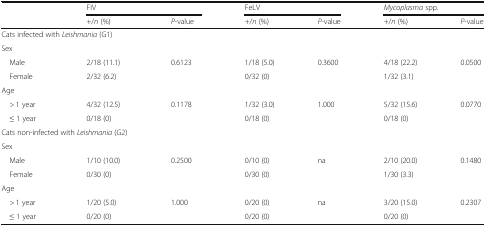
<table><thead><tr><td></td><td colspan="2"><b>FIV</b></td><td colspan="2"><b>FeLV</b></td><td colspan="2"><b><i>Mycoplasma</i> spp.</b></td></tr><tr><td></td><td><b>+/<i>n</i> (%)</b></td><td><b><i>P</i>-value</b></td><td><b>+/<i>n</i> (%)</b></td><td><b><i>P</i>-value</b></td><td><b>+/<i>n</i> (%)</b></td><td><b><i>P</i>-value</b></td></tr></thead><tbody><tr><td colspan="3">Cats infected with <i>Leishmania</i> (G1)</td><td colspan="2"></td><td colspan="2"></td></tr><tr><td>Sex</td><td></td><td></td><td></td><td></td><td></td><td></td></tr><tr><td> Male</td><td>2/18 (11.1)</td><td>0.6123</td><td>1/18 (5.0)</td><td>0.3600</td><td>4/18 (22.2)</td><td>0.0500</td></tr><tr><td> Female</td><td>2/32 (6.2)</td><td></td><td>0/32 (0)</td><td></td><td>1/32 (3.1)</td><td></td></tr><tr><td>Age</td><td></td><td></td><td></td><td></td><td></td><td></td></tr><tr><td> &gt; 1 year</td><td>4/32 (12.5)</td><td>0.1178</td><td>1/32 (3.0)</td><td>1.000</td><td>5/32 (15.6)</td><td>0.0770</td></tr><tr><td> ≤ 1 year</td><td>0/18 (0)</td><td></td><td>0/18 (0)</td><td></td><td>0/18 (0)</td><td></td></tr><tr><td colspan="3">Cats non-infected with <i>Leishmania</i> (G2)</td><td colspan="2"></td><td colspan="2"></td></tr><tr><td>Sex</td><td></td><td></td><td></td><td></td><td></td><td></td></tr><tr><td> Male</td><td>1/10 (10.0)</td><td>0.2500</td><td>0/10 (0)</td><td>na</td><td>2/10 (20.0)</td><td>0.1480</td></tr><tr><td> Female</td><td>0/30 (0)</td><td></td><td>0/30 (0)</td><td></td><td>1/30 (3.3)</td><td></td></tr><tr><td>Age</td><td></td><td></td><td></td><td></td><td></td><td></td></tr><tr><td> &gt; 1 year</td><td>1/20 (5.0)</td><td>1.000</td><td>0/20 (0)</td><td>na</td><td>3/20 (15.0)</td><td>0.2307</td></tr><tr><td> ≤ 1 year</td><td>0/20 (0)</td><td></td><td>0/20 (0)</td><td></td><td>0/20 (0)</td><td></td></tr></tbody></table>